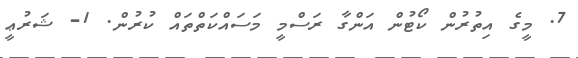
7. މީގެ އިތުރުން ކޯޓުން އަންގާ ރަސްމީ މަސައްކަތްތައް ކުރުން. 1- ޝަރުޢީ